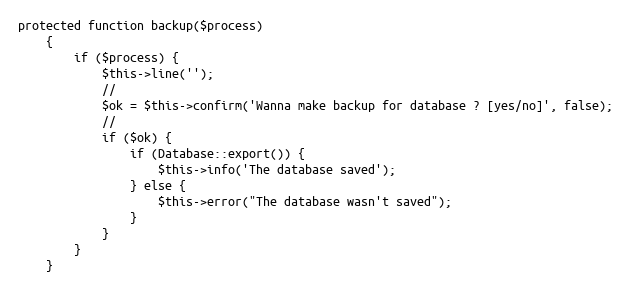
Language: PHP
protected function backup($process)
    {
        if ($process) {
            $this->line('');
            //
            $ok = $this->confirm('Wanna make backup for database ? [yes/no]', false);
            //
            if ($ok) {
                if (Database::export()) {
                    $this->info('The database saved');
                } else {
                    $this->error("The database wasn't saved");
                }
            }
        }
    }